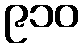
၉၁၀